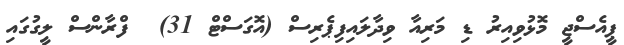
ޕީއެސްޖީ މޮޅުވިއިރު ޑި މަރިއާ ވިދާލައިފިޕެރިސް (އޮގަސްޓް 31)  ފްރާންސް ލީގުގައި